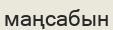
маңсабын